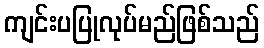
ကျင်းပပြုလုပ်မည်ဖြစ်သည်